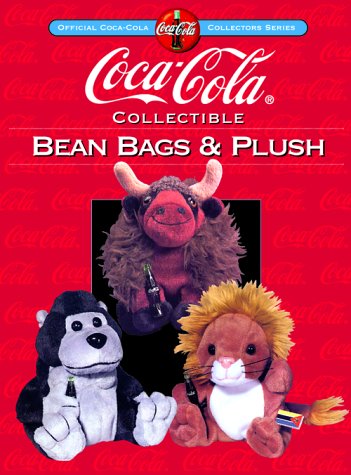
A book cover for Coca-Cola Collectible Bean Bags & Plush (Collector's Guide to Coca Cola Items Series); Linda Lee Harry; Crafts, Hobbies & Home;